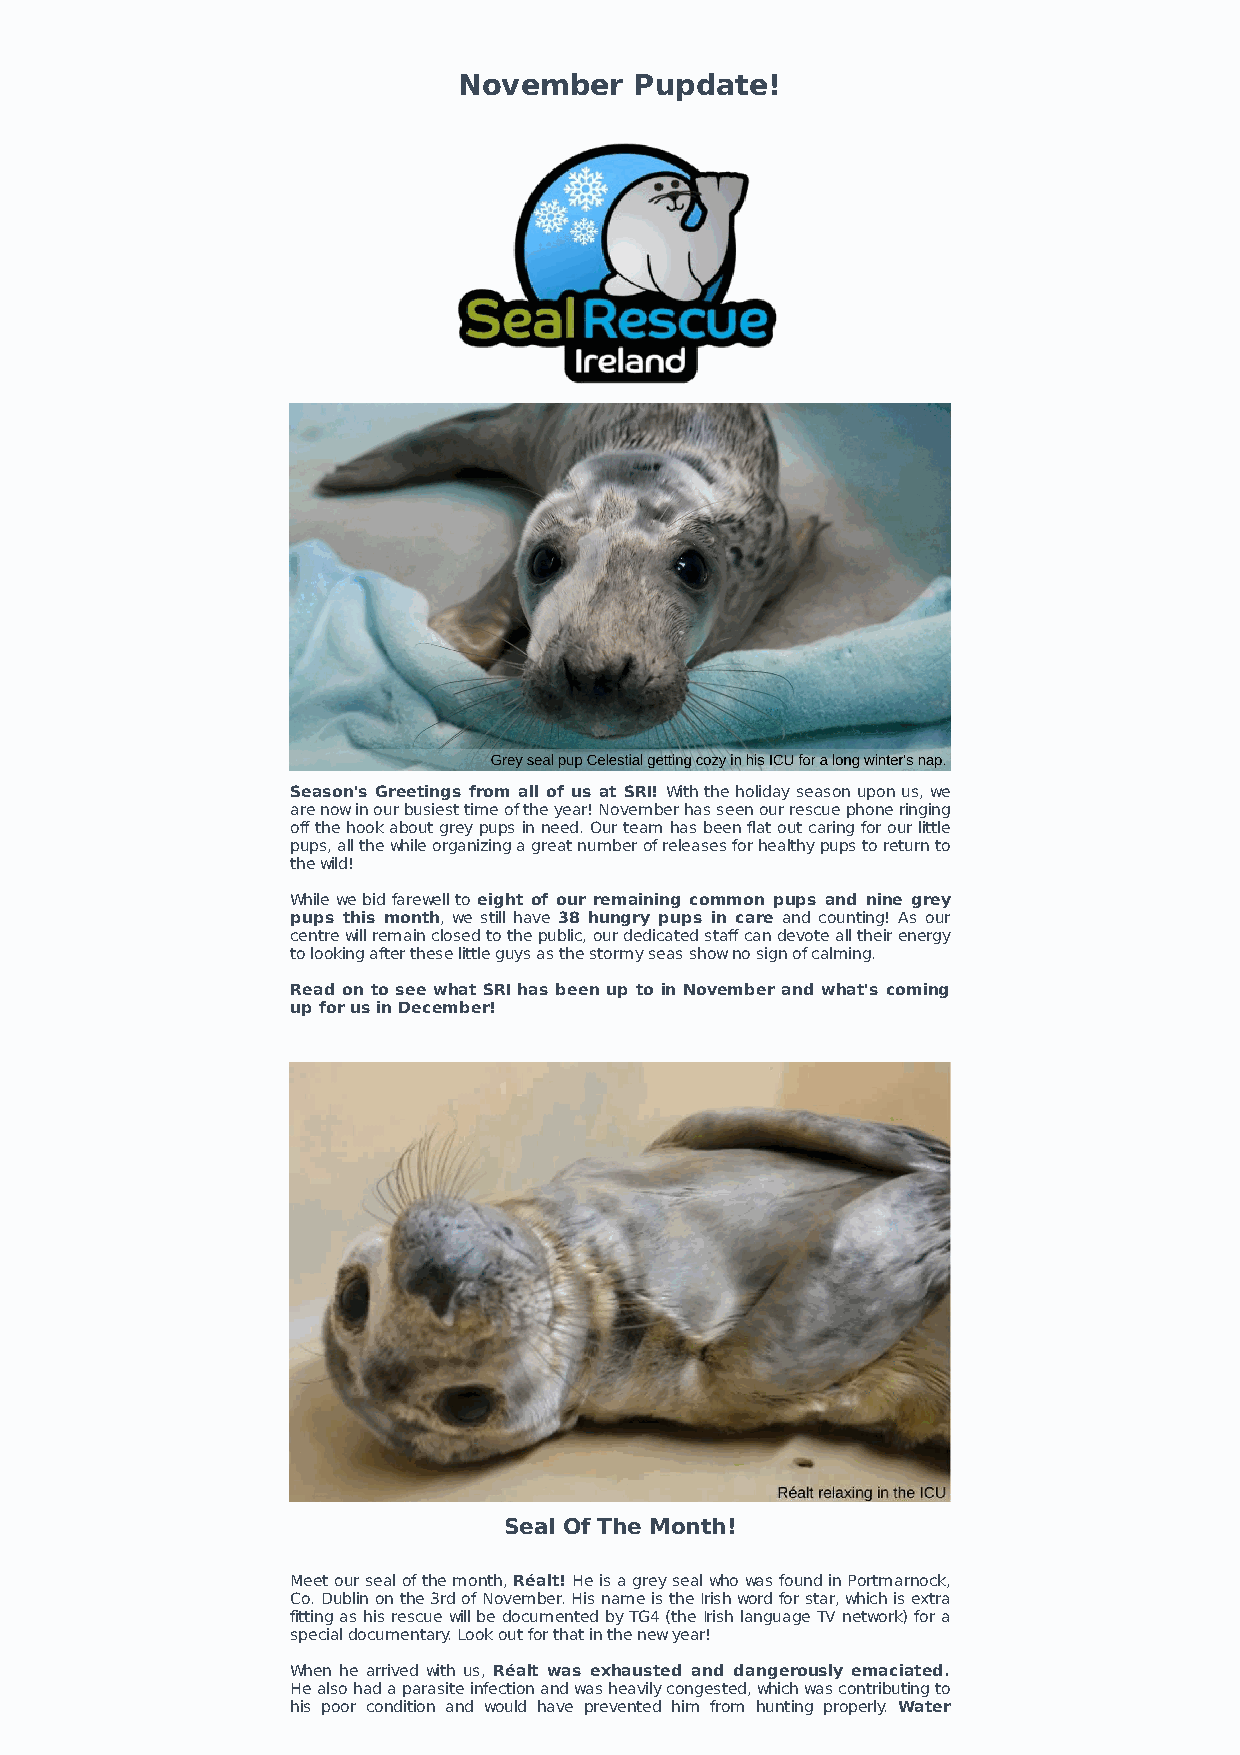
November    Pupdate!
 Season's Greetings from all of us at SRI! With the holiday season upon us, we
 are now in our busiest time of the year! November has seen our rescue phone ringing
 off the hook about grey pups in need. Our team has been flat out caring for our little
 pups, all the while organizing a great number of releases for healthy pups to return to
 the wild!
 While we bid farewell to eight of our remaining common pups and nine grey
 pups this month, we still have 38 hungry pups in care and counting! As our
 centre will remain closed to the public, our dedicated staff can devote all their energy
 to looking after these little guys as the stormy seas show no sign of calming.
 Read on to see what SRI has been up to in November and what's coming
 up for us in December!
 Seal Of The Month!
 Meet our seal of the month, Réalt! He is a grey seal who was found in Portmarnock,
 Co. Dublin on the 3rd of November. His name is the Irish word for star, which is extra
 fitting as his rescue will be documented by TG4 (the Irish language TV network) for a
 special documentary. Look out for that in the new year!
 When he arrived with us, Réalt was exhausted and dangerously emaciated.
 He also had a parasite infection and was heavily congested, which was contributing to
 his poor condition and would have prevented him from hunting properly. Water